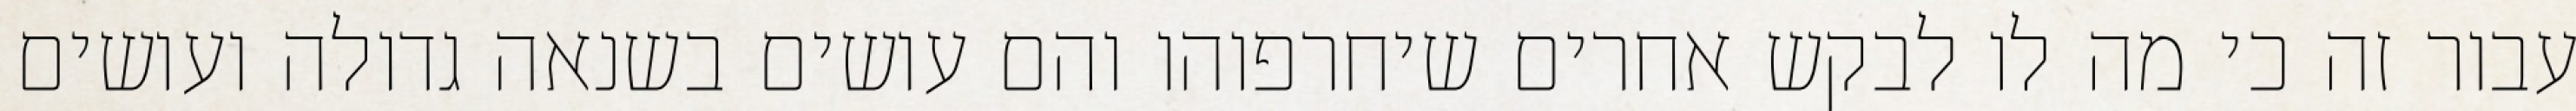
עבור זה כי מה לו לבקש אחרים שיחרפוהו והם עושים בשנאה גדולה ועושים